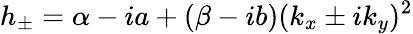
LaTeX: h_{\pm}=\alpha-ia+(\beta-ib)(k_{x}\pm ik_{y})^{2}